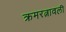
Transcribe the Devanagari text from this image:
क्रमरत्नावली